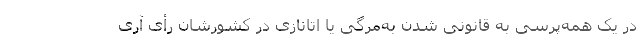
در یک همه‌پرسی به قانونی شدن به‌مرگی یا اتانازی در کشورشان رأی آری